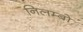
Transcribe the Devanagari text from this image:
निलम्‍बो